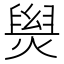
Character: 𤌑